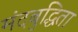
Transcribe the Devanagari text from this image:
मंदबुद्धिता